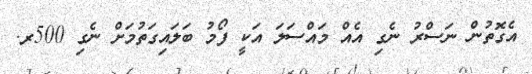
އެގޮތުން ނަސްރު ނެގި އެއް މައްސަލަ އަކީ ފޯމު ބަލައިގަތުމަށް ނެގި 500ރ.